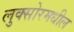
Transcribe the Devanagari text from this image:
लुक्सोरमधील